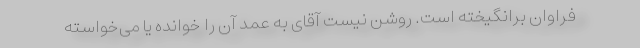
فراوان برانگیخته است. روشن نیست آقای به عمد آن را خوانده یا می‌خواسته